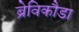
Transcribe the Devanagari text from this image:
ब्रेविकौडा